Vaccination report Assam 1896-1927 - 1896-1927
Year: 1896
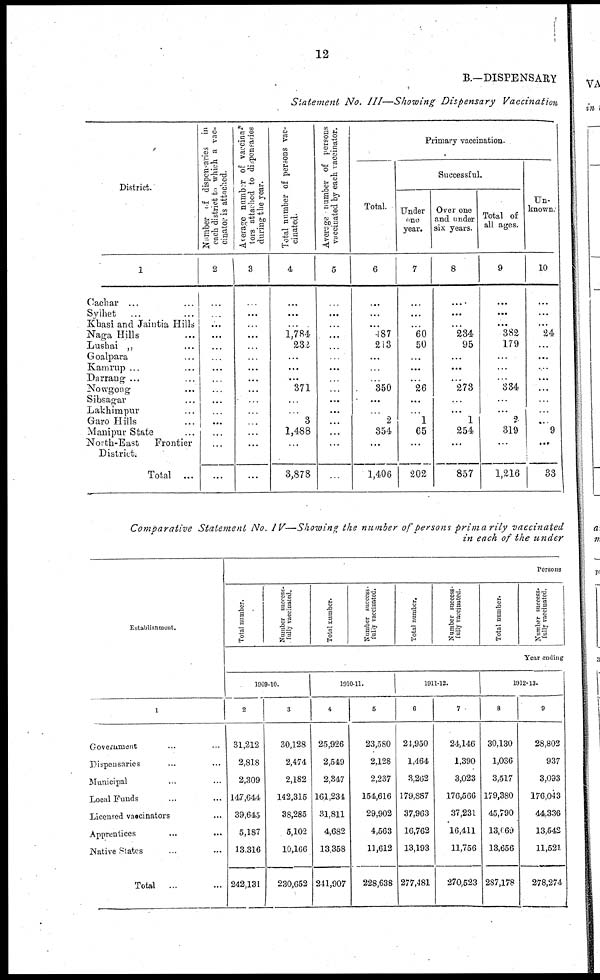
12
B.—DISPENSARY
Statement No. III—Showing Dispensary Vaccination
District.
1
Cachar ... ...
Sylhet ... ...
Khasi and Jaintia Hills
Naga Hills ...
Lushai „ ...
Goalpara ... ...
Kamrup ... ...
Darrang ... ...
Nowgong ... ...
Sibsagar ... ...
Lakhimpur ...
Garo Hills ... ...
Manipur State ...
North-East
Frontier
District.
Total ...
Number of dispensaries in
each district to which a vac-
cinator
is attached.
2
...
...
...
...
...
...
...
...
...
...
...
...
...
...
...
Average number of vaccina-
tors attached to dispensaries
during the year.
3
...
...
...
...
...
...
...
...
...
...
...
...
...
...
...
Total number of persons vac-
cinated.
4
...
...
...
1,784
232
...
...
...
371
...
...
3
1,488
...
3,878
Average number of persons
vaccinated by each vaccinator.
5
...
...
...
...
...
...
...
...
...
...
...
...
...
...
Primary vaccination.
Total.
6
...
...
...
487
213
...
...
...
350
...
...
2
354
...
1,406
Successful.
Under
one
year.
7
...
...
...
60
50
...
...
...
26
...
...
1
65
...
202
Over one
and under
six years.
8
...
...
...
234
95
...
...
...
273
...
...
1
254
...
857
Total of
all ages.
9
...
...
...
382
179
...
...
...
334
...
...
2
319
...
1,216
Un-
known.
10
...
...
...
24
...
...
...
...
...
...
...
...
9
...
33
Comparative Statement No. IV—Showing the number of persons primarily vaccinated
in each of the under
Establishment.
1
Government ... ...
Disensaries ... ...
Municipal ... ...
Local Funds ... ...
Licensed vaccinators ...
Apprentices ... ...
Native States ... ...
Total
... ...
Persons
Total number.
Number success-
fully vaccinated.
Total number.
Number success-
fully vaccinated.
Total number.
Number success
fully vaccinated.
Total number.
Number success-
fully vaccinated.
Year ending
1909-10.
2
31,212
2,818
2,309
147,644,
39,645
5,187
13,316
242,131
3
30,128
2,474
2,182
142,315
38,285
5,102
10,166
230,652
1910-11.
4
25,926
2,549
2,347
161,234
31,811
4,682
13,358
241,907
5
23,580
2,128
2,237
154,616
29,902
4,563
11,612
228,638
1911-12.
6
24,950
1,464
3,262
179,887
37,963
16,762
13,193
277,481
7
24,146
1,390
3,023
176,566
37,231
16,411
11,756
270,523
1912-13.
8
30,130
1,036
3,517
179,380
45,790
13,069
13,656
287,178
9
28,802
937
3,093
176,043
44,336
13,542
11,521
278,274